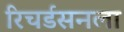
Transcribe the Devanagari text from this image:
रिचर्डसनला